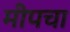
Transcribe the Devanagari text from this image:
मीपचा